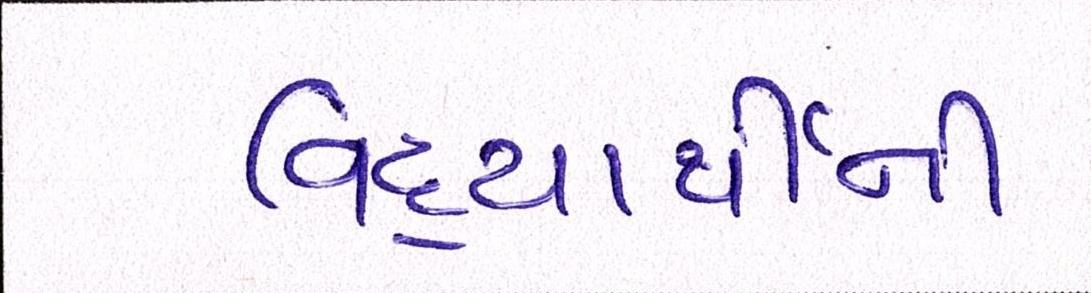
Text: વિદ્યાર્થીની